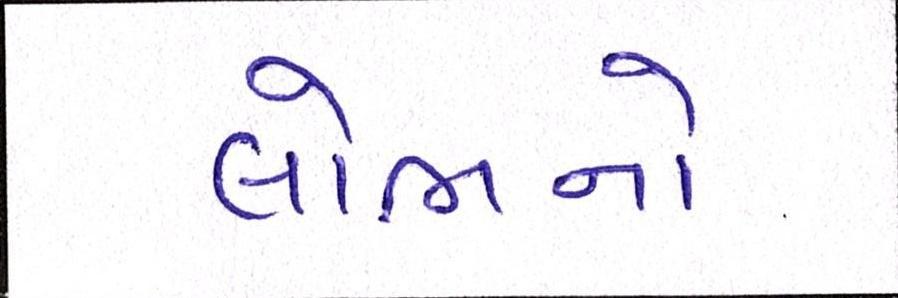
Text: લોભનો